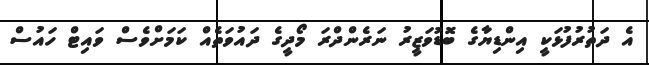
އެ ދަތުރުފުޅަކީ އިންޑިޔާގެ ބޮޑުވަޒީރު ނަރެންދްރަ މޯދީގެ ދައުވަތެއް ކަމަށްވެސް ވައިޓް ހައުސް